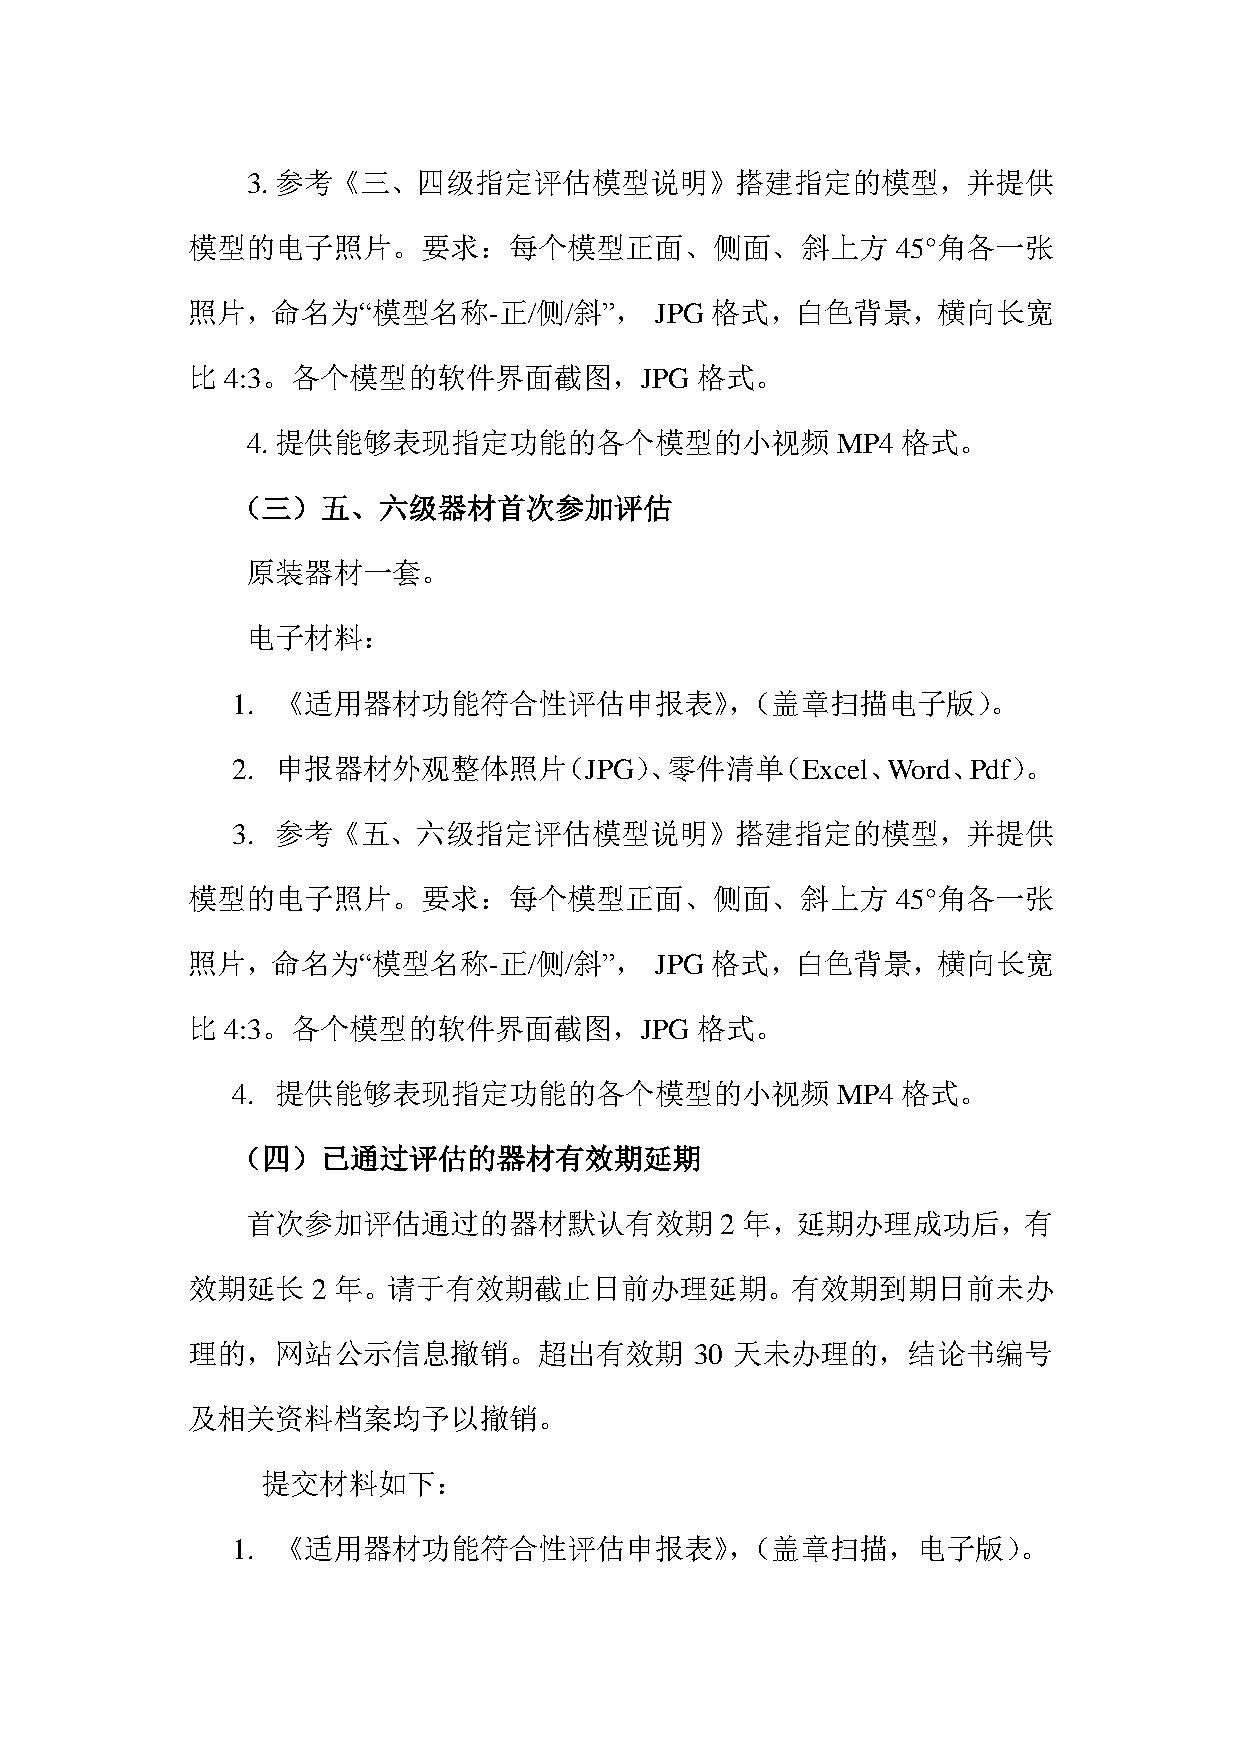
3. 参考《三、四级指定评估模型说明》搭建指定的模型，并提供
 模型的电子照片。要求：每个模型正面、侧面、斜上方                       45°角各一张
 照片，命名为“模型名称-正/侧/斜”，            JPG 格式，白色背景，横向长宽
 比  4:3。各个模型的软件界面截图，JPG            格式。
 4. 提供能够表现指定功能的各个模型的小视频                 MP4  格式。
 （三）五、六级器材首次参加评估
 原装器材一套。
 电子材料：
 1. 《适用器材功能符合性评估申报表》，（盖章扫描电子版）。
 2. 申报器材外观整体照片（JPG）、零件清单（Excel、Word、Pdf）。
 3. 参考《五、六级指定评估模型说明》搭建指定的模型，并提供
 模型的电子照片。要求：每个模型正面、侧面、斜上方                       45°角各一张
 照片，命名为“模型名称-正/侧/斜”，            JPG 格式，白色背景，横向长宽
 比  4:3。各个模型的软件界面截图，JPG            格式。
 4. 提供能够表现指定功能的各个模型的小视频                  MP4  格式。
 （四）已通过评估的器材有效期延期
 首次参加评估通过的器材默认有效期                2 年，延期办理成功后，有
 效期延长     2 年。请于有效期截止日前办理延期。有效期到期日前未办
 理的，网站公示信息撤销。超出有效期                 30 天未办理的，结论书编号
 及相关资料档案均予以撤销。
 提交材料如下：
 1. 《适用器材功能符合性评估申报表》，（盖章扫描，电子版）。